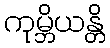
ကုမ္ဘိယန္တိ